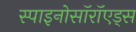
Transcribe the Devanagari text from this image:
स्पाइनोसॉरॉएड्स